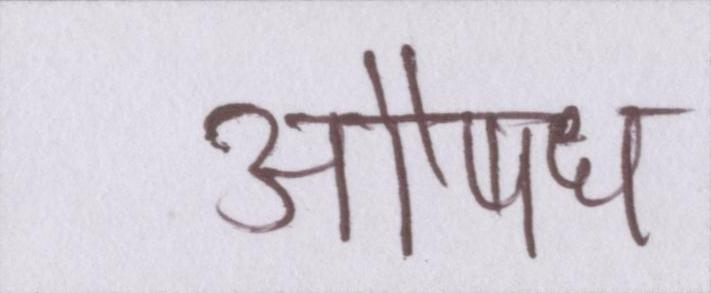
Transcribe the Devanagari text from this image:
औषध